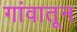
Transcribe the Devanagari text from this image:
गांवातून